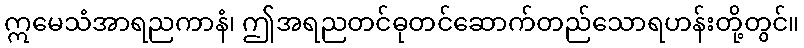
ဣမေသံအာရညကာနံ၊ ဤအရညတင်ဓုတင်ဆောက်တည်သောရဟန်းတို့တွင်။